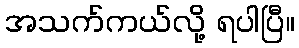
အသက်ကယ်လို့ ရပါပြီ။